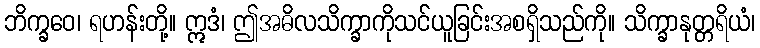
ဘိက္ခဝေ၊ ရဟန်းတို့။ ဣဒံ၊ ဤအဓိလသိက္ခာကိုသင်ယူခြင်းအစရှိသည်ကို။ သိက္ခာနုတ္တရိယံ၊